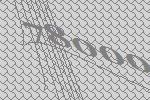
78000